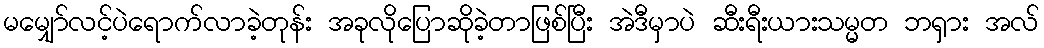
မမျှော်လင့်ပဲရောက်လာခဲ့တုန်း အခုလိုပြောဆိုခဲ့တာဖြစ်ပြီး အဲဒီမှာပဲ ဆီးရီးယားသမ္မတ ဘရှား အလ်